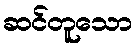
ဆင်တူသော